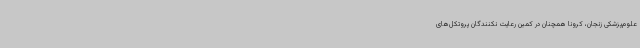
علوم‌پزشکی زنجان، کرونا همچنان در کمین رعایت نکنندگان پروتکل‌های